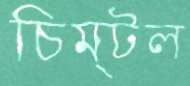
চিম্‌টল